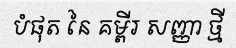
បំផុត នៃ គម្ពីរ សញ្ញា ថ្មី